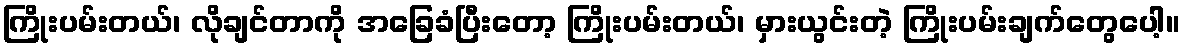
ကြိုးပမ်းတယ်၊ လိုချင်တာကို အခြေခံပြီးတော့ ကြိုးပမ်းတယ်၊ မှားယွင်းတဲ့ ကြိုးပမ်းချက်တွေပေါ့။